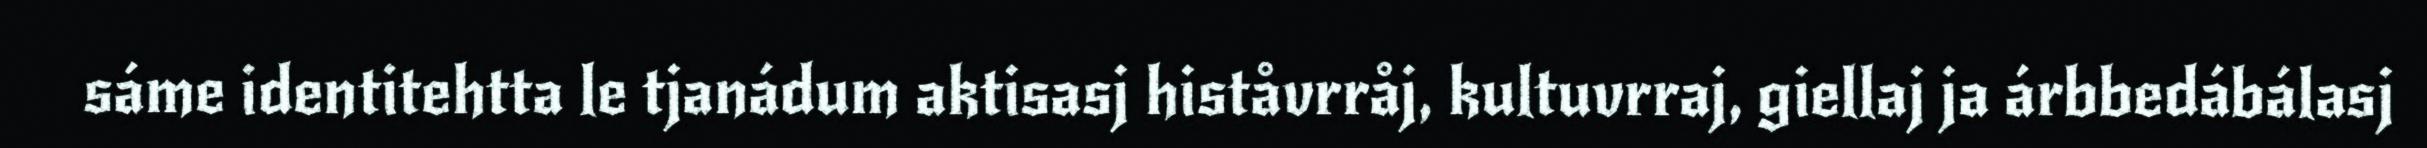
sáme identitehtta le tjanádum aktisasj histåvrråj, kultuvrraj, giellaj ja árbbedábálasj